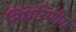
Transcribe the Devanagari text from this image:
निर्धारणीय